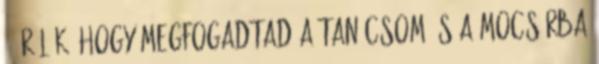
- Örülök, hogy megfogadtad a tanácsom és a mocsárba